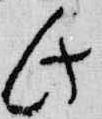
此